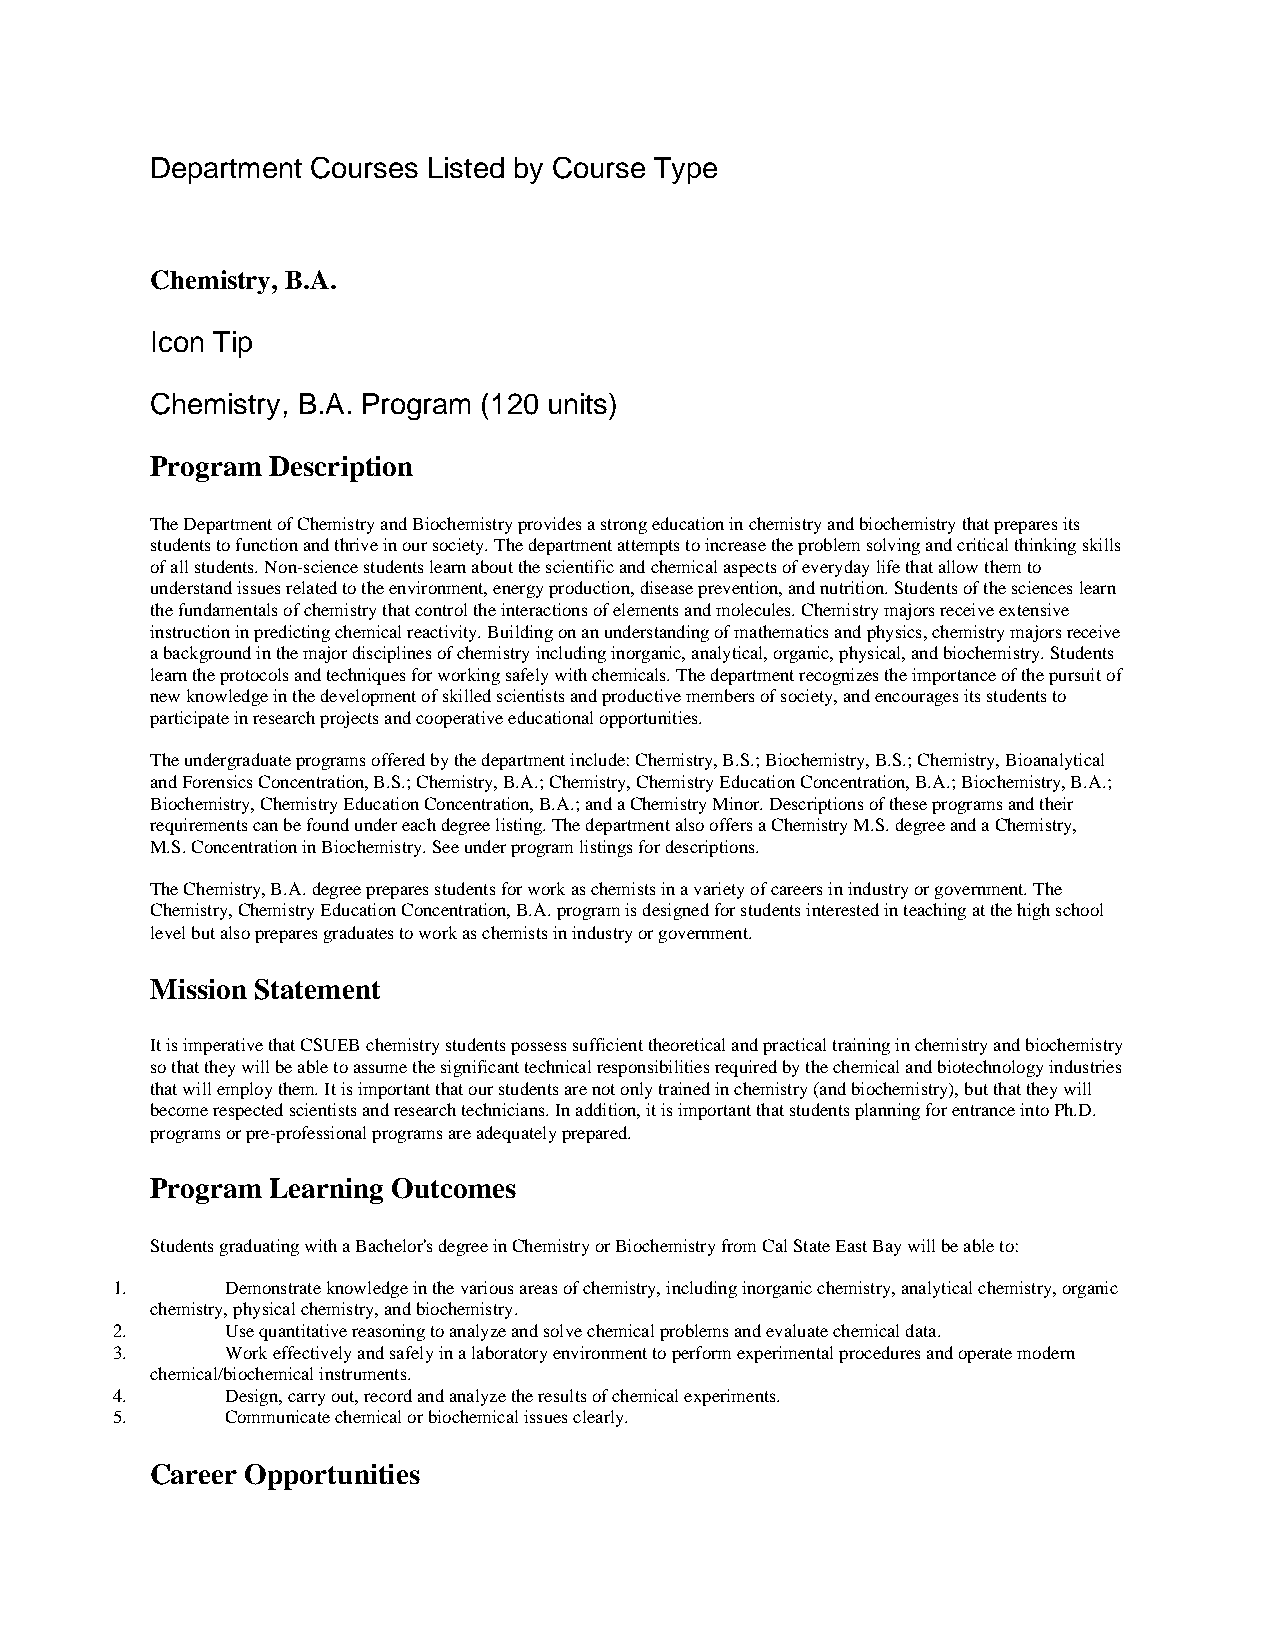
Department Courses Listed by Course Type
 Chemistry, B.A.
 Icon Tip
 Chemistry, B.A. Program (120 units)
 Program Description
 The Department of Chemistry and Biochemistry provides a strong education in chemistry and biochemistry that prepares its
 students to function and thrive in our society. The department attempts to increase the problem solving and critical thinking skills
 of all students. Non-science students learn about the scientific and chemical aspects of everyday life that allow them to
 understand issues related to the environment, energy production, disease prevention, and nutrition. Students of the sciences learn
 the fundamentals of chemistry that control the interactions of elements and molecules. Chemistry majors receive extensive
 instruction in predicting chemical reactivity. Building on an understanding of mathematics and physics, chemistry majors receive
 a background in the major disciplines of chemistry including inorganic, analytical, organic, physical, and biochemistry. Students
 learn the protocols and techniques for working safely with chemicals. The department recognizes the importance of the pursuit of
 new knowledge in the development of skilled scientists and productive members of society, and encourages its students to
 participate in research projects and cooperative educational opportunities.
 The undergraduate programs offered by the department include: Chemistry, B.S.; Biochemistry, B.S.; Chemistry, Bioanalytical
 and Forensics Concentration, B.S.; Chemistry, B.A.; Chemistry, Chemistry Education Concentration, B.A.; Biochemistry, B.A.;
 Biochemistry, Chemistry Education Concentration, B.A.; and a Chemistry Minor. Descriptions of these programs and their
 requirements can be found under each degree listing. The department also offers a Chemistry M.S. degree and a Chemistry,
 M.S. Concentration in Biochemistry. See under program listings for descriptions.
 The Chemistry, B.A. degree prepares students for work as chemists in a variety of careers in industry or government. The
 Chemistry, Chemistry Education Concentration, B.A. program is designed for students interested in teaching at the high school
 level but also prepares graduates to work as chemists in industry or government.
 Mission Statement
 It is imperative that CSUEB chemistry students possess sufficient theoretical and practical training in chemistry and biochemistry
 so that they will be able to assume the significant technical responsibilities required by the chemical and biotechnology industries
 that will employ them. It is important that our students are not only trained in chemistry (and biochemistry), but that they will
 become respected scientists and research technicians. In addition, it is important that students planning for entrance into Ph.D.
 programs or pre-professional programs are adequately prepared.
 Program Learning Outcomes
 Students graduating with a Bachelor's degree in Chemistry or Biochemistry from Cal State East Bay will be able to:
 1.      Demonstrate knowledge in the various areas of chemistry, including inorganic chemistry, analytical chemistry, organic
 chemistry, physical chemistry, and biochemistry.
 2.      Use quantitative reasoning to analyze and solve chemical problems and evaluate chemical data.
 3.      Work effectively and safely in a laboratory environment to perform experimental procedures and operate modern
 chemical/biochemical instruments.
 4.      Design, carry out, record and analyze the results of chemical experiments.
 5.      Communicate chemical or biochemical issues clearly.
 Career Opportunities